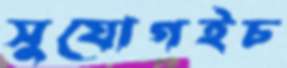
সুযোগইচ